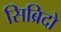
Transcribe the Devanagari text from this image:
सिब्रिदो